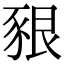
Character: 豤